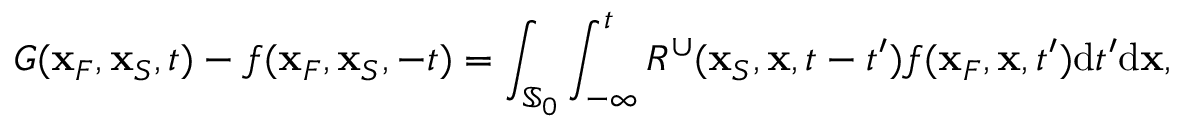
G ( { \bf x } _ { F } , { \bf x } _ { S } , t ) - f ( { \bf x } _ { F } , { \bf x } _ { S } , - t ) = \int _ { { \mathbb { S } _ { 0 } } } \int _ { - \infty } ^ { t } R ^ { \cup } ( { \bf x } _ { S } , { \bf x } , t - t ^ { \prime } ) f ( { \bf x } _ { F } , { \bf x } , t ^ { \prime } ) \mathrm { d } t ^ { \prime } \mathrm { d } { \bf x } ,